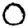
Digit: 0